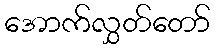
အောက်လွှတ်တော်